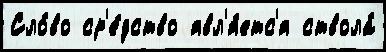
Сло́во ср'е́дство явл'я́етс'я ствола́